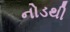
નોડથી